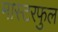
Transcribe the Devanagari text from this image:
मास्टरफुल